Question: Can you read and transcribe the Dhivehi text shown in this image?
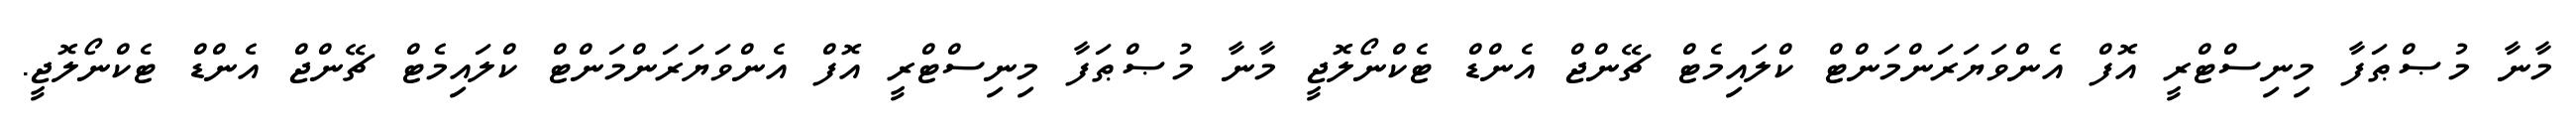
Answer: މާނާ މުޞްޠަފާ މިނިސްޓްރީ އޮފް އެންވަޔަރަންމަންޓް ކްލައިމެޓް ޗޭންޖް އެންޑް ޓެކްނޯލޮޖީ މާނާ މުޞްޠަފާ މިނިސްޓްރީ އޮފް އެންވަޔަރަންމަންޓް ކްލައިމެޓް ޗޭންޖް އެންޑް ޓެކްނޯލޮޖީ.